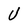
Character: U